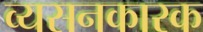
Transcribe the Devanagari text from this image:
व्यसनकारक